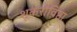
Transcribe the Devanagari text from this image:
शूकरोविष्ठा